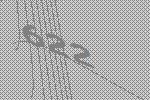
622